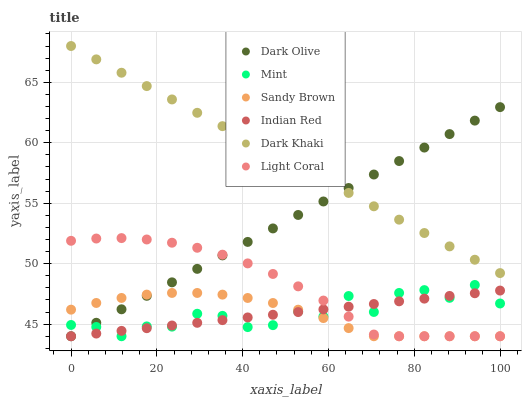
| xaxis_label | Dark Olive | Mint | Sandy Brown | Indian Red | Dark Khaki | Light Coral |
 | --- | --- | --- | --- | --- | --- | --- |
 | 0 | 44 | 44.9 | 46.2 | 44 | 68 | 51.9 |
 | 5.88 | 45.1 | 44.8 | 46.8 | 44.2 | 66.9 | 52.1 |
 | 11.8 | 46.2 | 44 | 47.2 | 44.4 | 65.8 | 52.1 |
 | 17.6 | 47.3 | 44.8 | 47.4 | 44.7 | 64.7 | 52 |
 | 23.5 | 48.5 | 44.8 | 47.6 | 44.9 | 63.6 | 51.7 |
 | 29.4 | 49.6 | 45.9 | 47.6 | 45.1 | 62.5 | 51.3 |
 | 35.3 | 50.7 | 45.7 | 47.4 | 45.3 | 61.4 | 50.7 |
 | 41.2 | 51.8 | 44.8 | 47.2 | 45.6 | 60.3 | 50 |
 | 47.1 | 52.9 | 44.9 | 46.7 | 45.8 | 59.2 | 49.2 |
 | 52.9 | 54 | 46.1 | 46.2 | 46 | 58.1 | 48.1 |
 | 58.8 | 55.1 | 45.6 | 45.5 | 46.2 | 57 | 47 |
 | 64.7 | 56.3 | 47.3 | 44.7 | 46.4 | 55.9 | 45.6 |
 | 70.6 | 57.4 | 46 | 44 | 46.7 | 54.7 | 44.1 |
 | 76.5 | 58.5 | 47.6 | 44 | 46.9 | 53.6 | 44 |
 | 82.4 | 59.6 | 47.8 | 44 | 47.1 | 52.5 | 44 |
 | 88.2 | 60.7 | 47.2 | 44 | 47.3 | 51.4 | 44 |
 | 94.1 | 61.8 | 48.2 | 44 | 47.6 | 50.3 | 44 |
 | 100 | 62.9 | 46.7 | 44 | 47.8 | 49.2 | 44 |